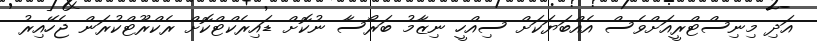
އަދި މިނިސްޓްރީއަށްވެސް އެއްްބަޔަކަށް ސިއްހީ ނިޒާމު ބަރޯސާ ނުކޮށް ޑައިރެކްޓްކޮށް ރެކްރޫޓްކުރަން ޖެހޭއިރު